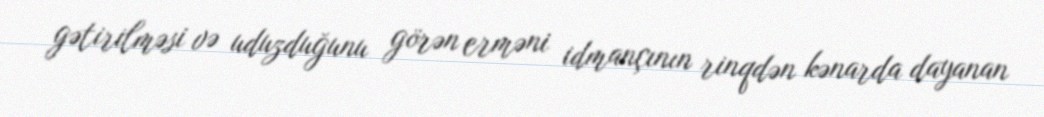
gətirilməsi və uduzduğunu görən erməni idmançının rinqdən kənarda dayanan